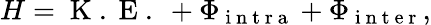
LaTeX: H=\mathrm{~K~.~E~.~}+\Phi_{\mathrm{~i~n~t~r~a~}}+\Phi_{\mathrm{~i~n~t~e~r~}},